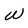
Character: W